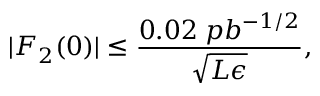
| F _ { 2 } ( 0 ) | \leq { \frac { 0 . 0 2 \; p b ^ { - 1 / 2 } } { \sqrt { L \epsilon } } } ,